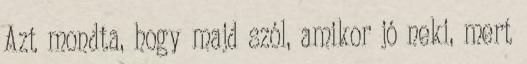
Azt mondta, hogy majd szól, amikor jó neki, mert